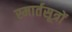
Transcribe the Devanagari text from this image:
स्मार्तसूत्रों